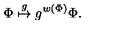
{ \Phi } \stackrel { g } { \mapsto } g ^ { w ( { \Phi } ) } { \Phi } .